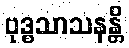
ဗုဒ္ဓသာသနန္တိ